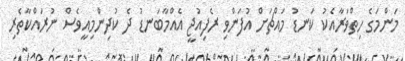
މަންމަގެ ހިތްވަރާއެކު ކަނޑު މައްޗަށް އުފަންވި ރެފިއުޖީ އެއްމާބަނޑު ދެ ކުދިންމިއީވެސް ނުރައްކާތެރި